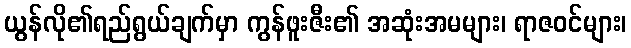
ယွန်လို၏ရည်ရွယ်ချက်မှာ ကွန်ဖူးဇီး၏ အဆုံးအမများ၊ ရာဇဝင်များ၊